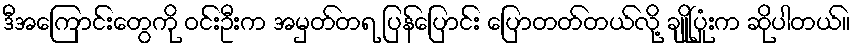
ဒီအကြောင်းတွေကို ဝင်းဦးက အမှတ်တရ ပြန်ပြောင်း ပြောတတ်တယ်လို့ ချိုပြုံးက ဆိုပါတယ်။